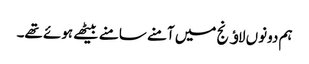
ہم دونوں لاﺅنج میں آمنے سامنے بیٹھے ہوئے تھے۔